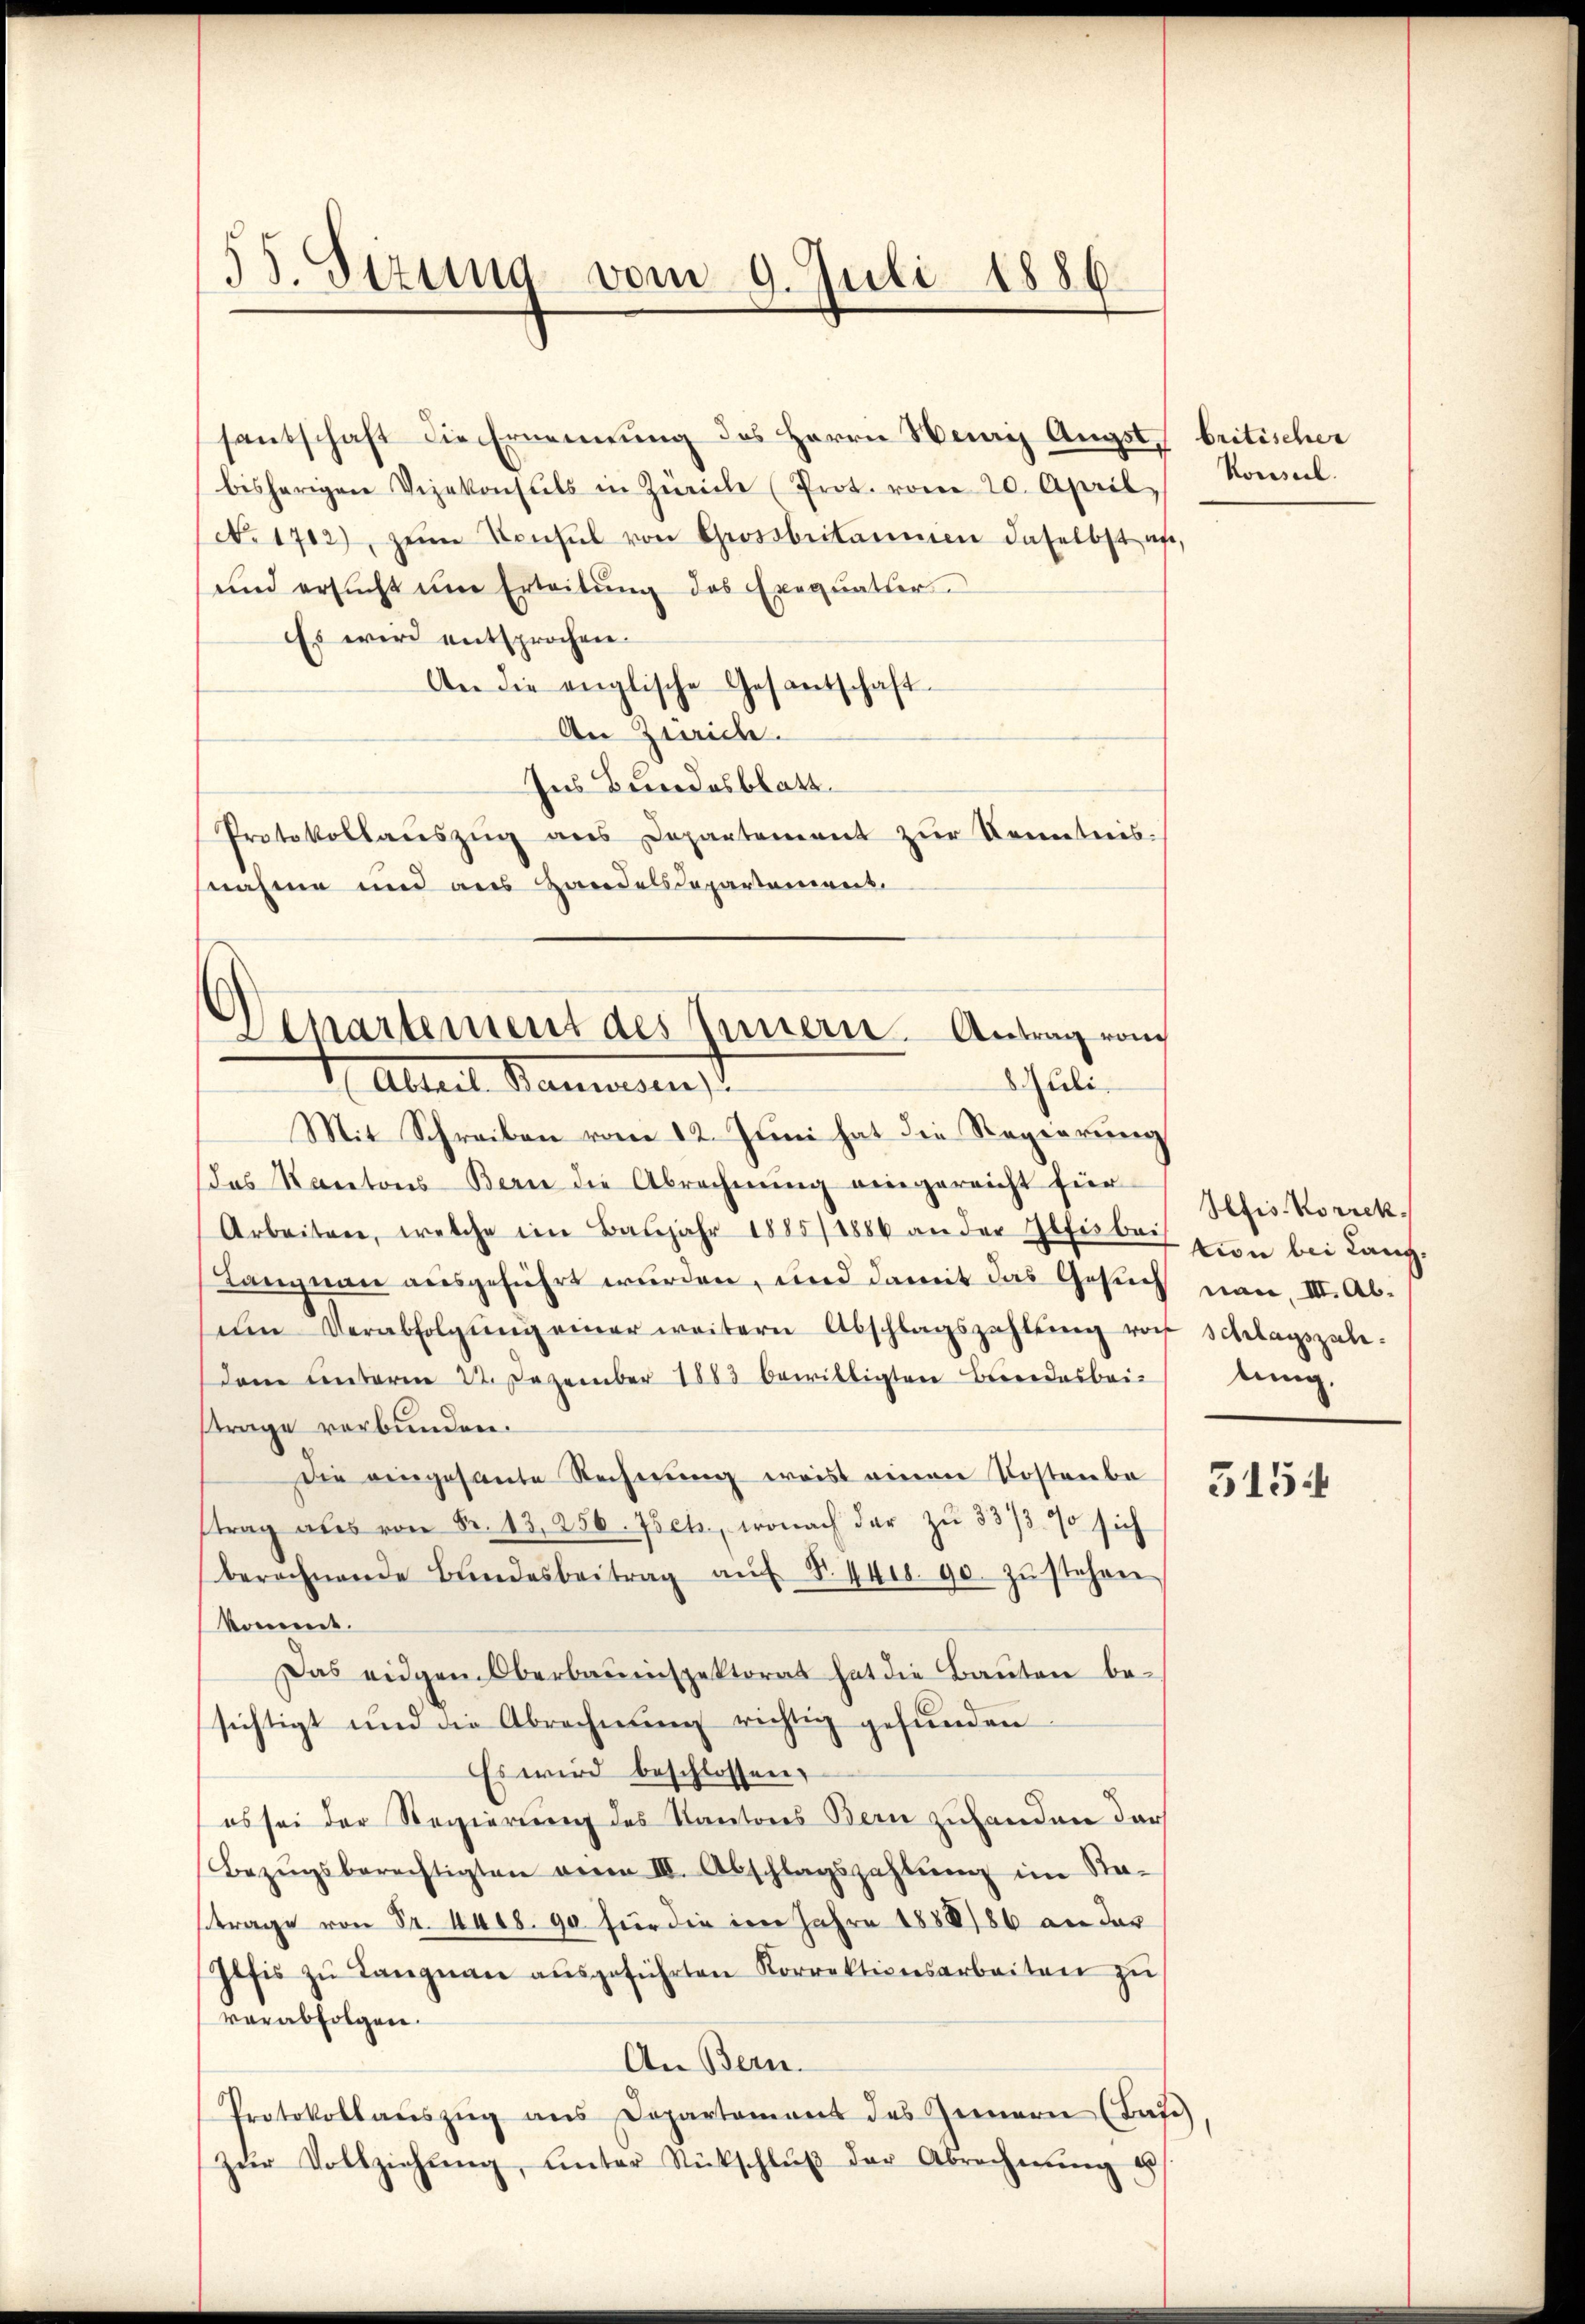
55. Stzung vom 9. Juli 1886.

santschaft die Ernennung des Herrn Heris Augst, britischer
bisherigen Vizekonsuls in Zürich (Prot. vom 20. April,
No 1702), zŭm Konsul von Grossbritammen daselbst an,
und ersŭcht ŭm Erleitŭng des Exequatier
Es wird entsprochen.
An die englische Gesantschaft.
An Zeich.
Ins Bundesblatt.
Protokollaŭszŭg ans Departement zŭr Kenntnis.
fnahme und aus Handelsdepartement
Mit Schreiben vom 12. Juni hat die Regierung
das Kantons Berne die Abrechnŭng eingereicht für
Arbeiten, welche im Baŭjahr 1885/1886 an der Elfisbach Frau bei Lanz-
Langnau ausgeführt wurden, und damit das Gesuch nan. III. Abim Verabfolgŭng einer weitern Abschlagszahlŭng von Schlagszah¬
Dann unterm 22. Dezember 1883 bewilligten Beendesbeistrage verbunden.
die eingesante Rechnung weis einen Kostenba
trag als von Fr. 13,250. Zsch, wonach der zŭ 337/3 90 sich
berechnende Bundesbeitrag aŭf §. 441. 90. zŭ stehen
kommt.
Das eidgen. Oberbauinspektorat hat die Baŭten be-
sichtigt und die Abrechnŭng richtig gefŭnden
Es wird beschlossen:
es sei der Regierung des Kantons Bern zuhanden darf
Bezŭgsberechtigten vere III. Abschlagszahlŭng im Re-
ftrage von Fr. kais. 90 für die im Jahre 1888/86 an der
Iltis zŭ Langnaue aŭsgeführten Korrektionsarbeiten zu
verabfolgen.
An Bern.
Protokollaŭszŭg ans Departament des Genern (Base
zŭr Vollziehŭng, unter Rückschlŭβ der Abrechnŭng u

Lenartement des Innern. Antrag von
uli
4 Alter Baumann,

Konseil.

Plfis Korrek
lung.
315.